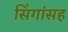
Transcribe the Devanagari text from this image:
सिंगांसह